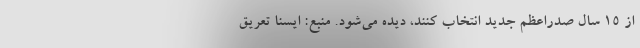
از ۱۵ سال صدراعظم جدید انتخاب کنند، دیده می‌شود. منبع: ایسنا تعریق